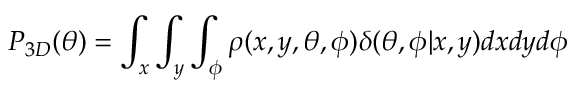
P _ { 3 D } ( \theta ) = \int _ { x } \int _ { y } \int _ { \phi } \rho ( x , y , \theta , \phi ) \delta ( \theta , \phi | x , y ) d x d y d \phi